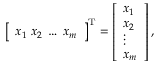
{ \left[ \begin{array} { l } { x _ { 1 } \; x _ { 2 } \; \dots \; x _ { m } } \end{array} \right] } ^ { \mathrm { { T } } } = { \left[ \begin{array} { l } { x _ { 1 } } \\ { x _ { 2 } } \\ { \vdots } \\ { x _ { m } } \end{array} \right] } \, ,